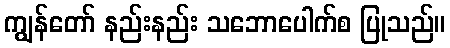
ကျွန်တော် နည်းနည်း သဘောပေါက်စ ပြုသည်။